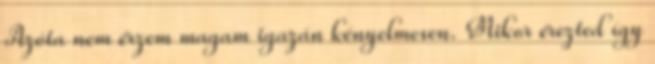
Azóta nem érzem magam igazán kényelmesen. Mikor érezted így